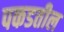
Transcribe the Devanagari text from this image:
पकडतील